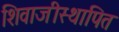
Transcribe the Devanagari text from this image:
शिवाजीस्थापित